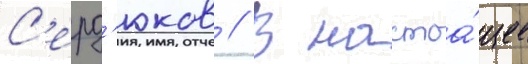
С'ерд'юков // В настоа́щее